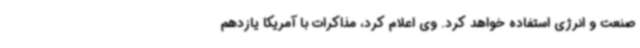
صنعت و انرژی استفاده خواهد کرد. وی اعلام کرد، مذاکرات با آمریکا یازدهم